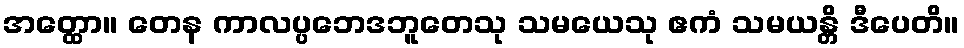
အတ္ထော။ တေန ကာလပ္ပဘေဒဘူတေသု သမယေသု ဧကံ သမယန္တိ ဒီပေတိ။